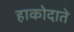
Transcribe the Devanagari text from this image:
हाकोदाते